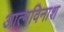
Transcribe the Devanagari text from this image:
आत्मविनाश